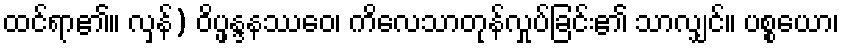
ထင်ရာ၏။ လှန်) ဝိပ္ဖန္ဒနဿေဝ၊ ကိလေသာတုန်လှုပ်ခြင်း၏ သာလျှင်။ ပစ္စယော၊